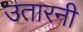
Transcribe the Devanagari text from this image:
उतारनी